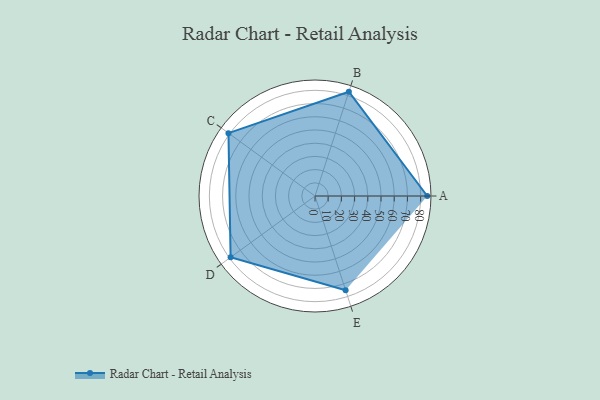
{"axis": {"x": "Skill", "y": "Score"}, "legend": ["Profile"], "data": [{"x": "A", "y": 85.0, "type": "Profile"}, {"x": "B", "y": 83.0, "type": "Profile"}, {"x": "C", "y": 81.0, "type": "Profile"}, {"x": "D", "y": 79.0, "type": "Profile"}, {"x": "E", "y": 75.0, "type": "Profile"}]}